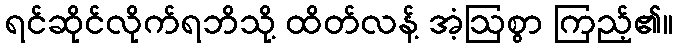
ရင်ဆိုင်လိုက်ရဘိသို့ ထိတ်လန့် အံ့ဩစွာ ကြည့်၏။